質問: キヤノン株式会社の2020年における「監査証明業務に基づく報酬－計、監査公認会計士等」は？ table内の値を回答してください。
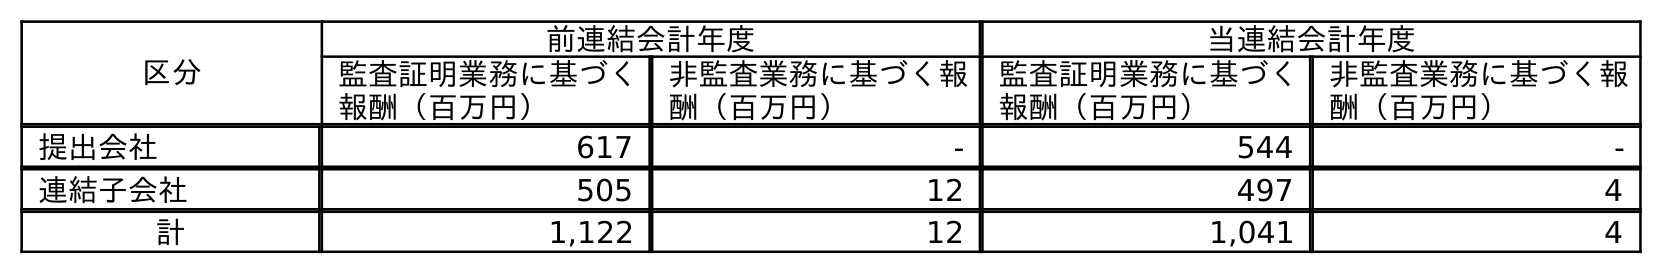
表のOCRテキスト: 区分 前連結会計年度 当連結会計年度 監査証明業務に基づく 報酬（百万円） 非監査業務に基づく報 酬（百万円） 監査証明業務に基づく 報酬（百万円） 非監査業務に基づく報 酬（百万円） 提出会社 617 - 544 - 連結子会社 505 12 497 4 計 1,122 12 1,041 4
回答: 1,041